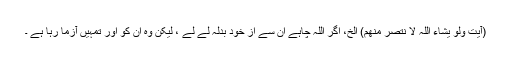
(آیت ولو یشاء اللہ لا نتصر منھم) الخ، اگر اللہ چاہے ان سے از خود بدلہ لے لے ، لیکن وہ ان کو اور تمہیں آزما رہا ہے ۔